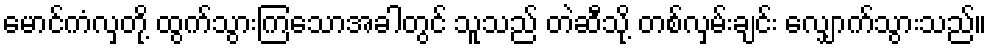
မောင်ကံလှတို့ ထွက်သွားကြသောအခါတွင် သူသည် တဲဆီသို့ တစ်လှမ်းချင်း လျှောက်သွားသည်။